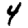
Digit: 4